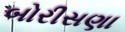
બોરીસણા